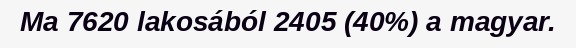
Ma 7620 lakosából 2405 (40%) a magyar.